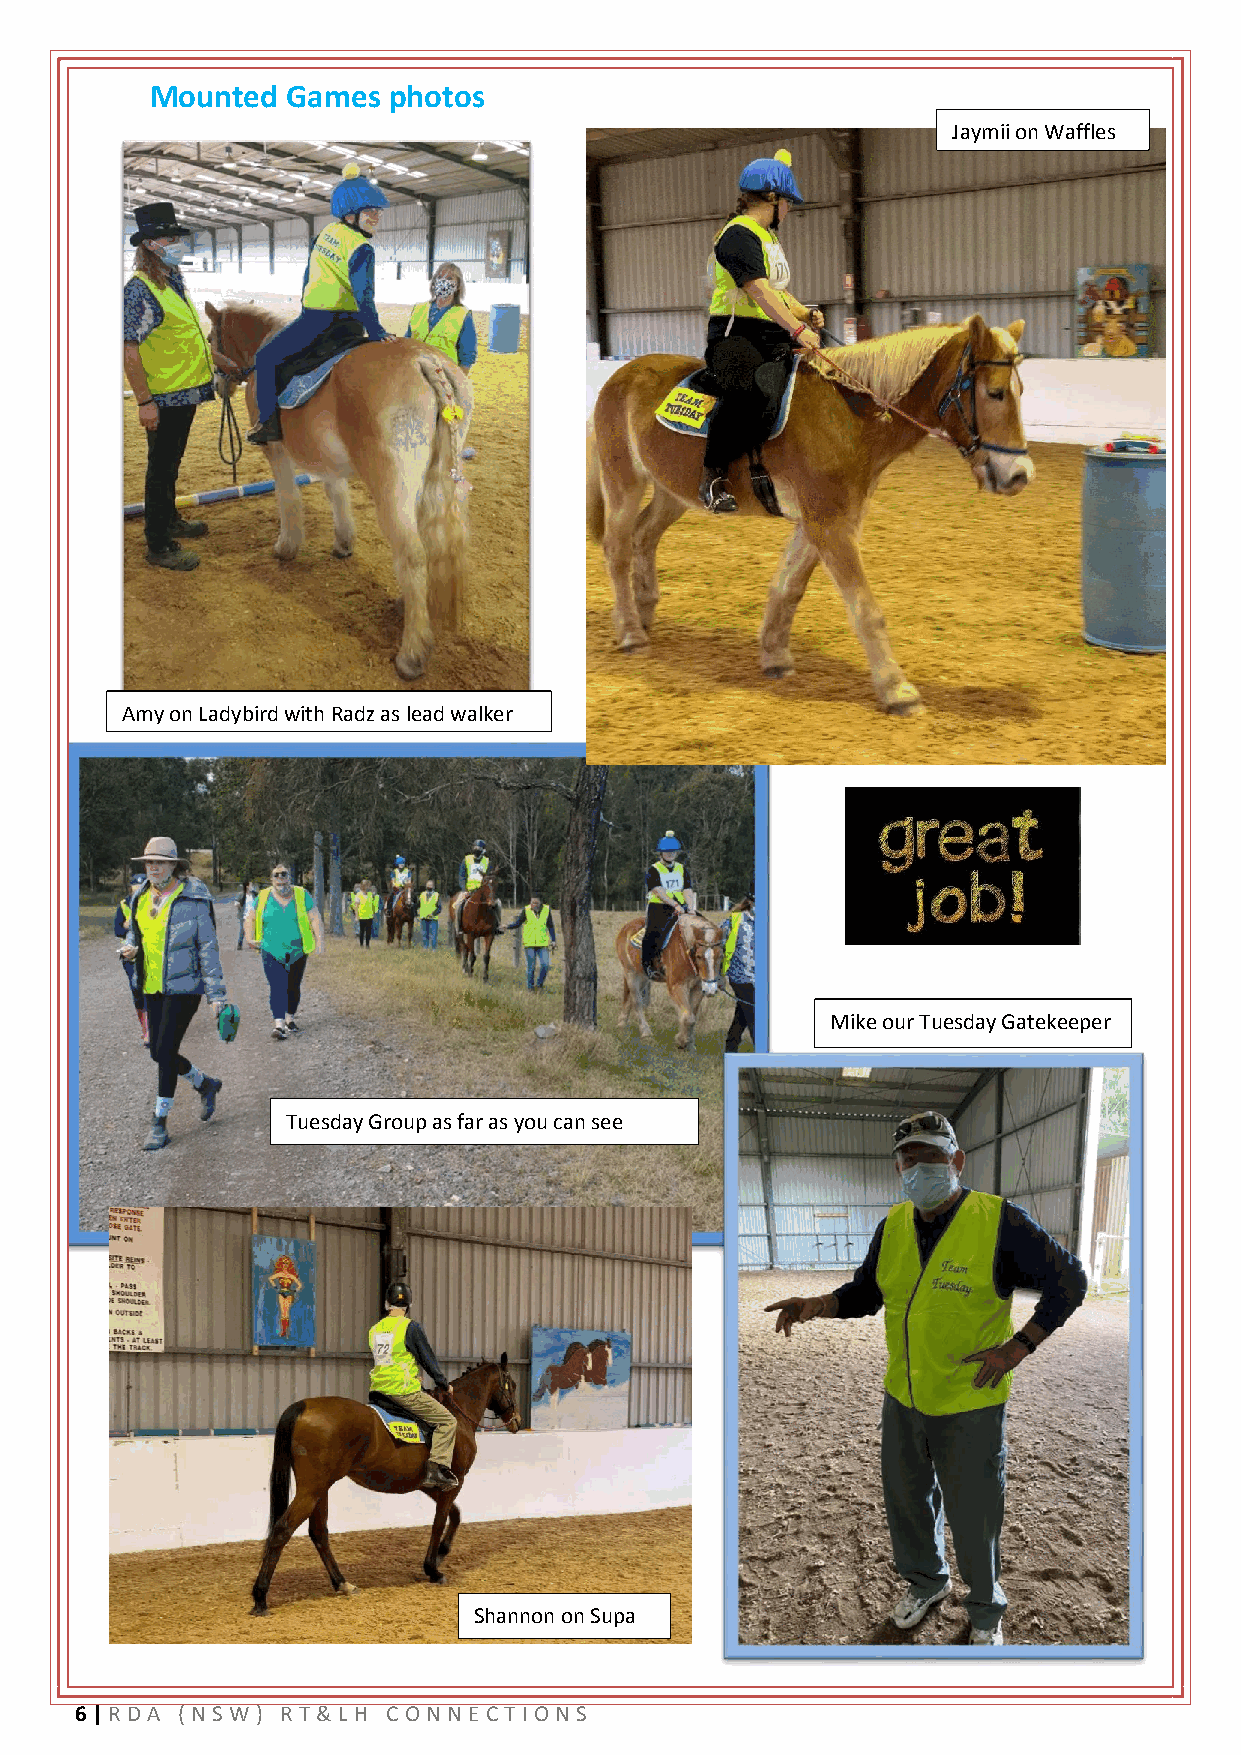
Mounted  Games  photos
 Jaymii on Waffles
 Amy on Ladybird with Radz as lead walker
 Mike our Tuesday Gatekeeper
 Tuesday Group as far as you can see
 Shannon on Supa
 6 | RD A ( NSW ) R T& L H CO NNE CT IONS